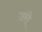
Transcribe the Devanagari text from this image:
उरो